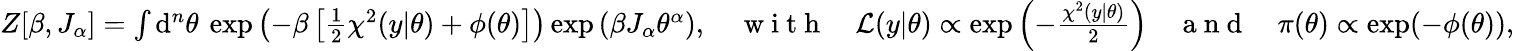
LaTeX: \begin{array}{r}{Z[\beta,J_{\alpha}]=\int\mathrm{d}^{n}\theta\: \exp\left(-\beta\left[\frac{1}{2}\chi^{2}(y|\theta)+\phi(\theta)\right]\right)\exp\left(\beta J_{\alpha}\theta^{\alpha}\right),\quad\mathrm{~w~i~t~h~}\quad\mathcal{L}(y|\theta)\propto\exp\left(-\frac{\chi^{2}(y|\theta)}{2}\right)\quad\mathrm{~a~n~d~}\quad\pi(\theta)\propto\exp(-\phi(\theta)),}\end{array}